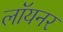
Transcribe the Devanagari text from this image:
लॉयनर